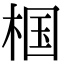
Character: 椢